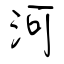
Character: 河